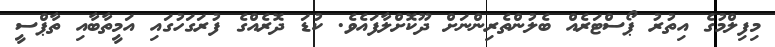
މިފިލްމުގެ އިތުރު ޕޯސްޓަރެއް ބެލުންތެރިންނަށް ދޫކޮށްލާފައެވެ. ކުޑަ ދޮރެއްގެ ފުރަގަހުގައި އަމީތާބާއި ތާޕްސީ